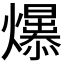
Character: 𤒁